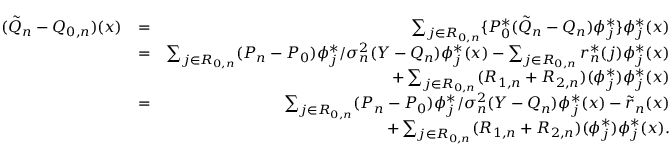
\begin{array} { r l r } { ( \tilde { Q } _ { n } - Q _ { 0 , n } ) ( x ) } & { = } & { \sum _ { j \in { \cal R } _ { 0 , n } } \{ P _ { 0 } ^ { * } ( \tilde { Q } _ { n } - Q _ { n } ) \phi _ { j } ^ { * } \} \phi _ { j } ^ { * } ( x ) } \\ & { = } & { \sum _ { j \in { \cal R } _ { 0 , n } } ( P _ { n } - P _ { 0 } ) \phi _ { j } ^ { * } / \sigma _ { n } ^ { 2 } ( Y - { Q _ { n } } ) \phi _ { j } ^ { * } ( x ) - \sum _ { j \in { \cal R } _ { 0 , n } } r _ { n } ^ { * } ( j ) \phi _ { j } ^ { * } ( x ) } \\ & { } & { + \sum _ { j \in { \cal R } _ { 0 , n } } ( R _ { 1 , n } + R _ { 2 , n } ) ( \phi _ { j } ^ { * } ) \phi _ { j } ^ { * } ( x ) } \\ & { = } & { \sum _ { j \in { \cal R } _ { 0 , n } } ( P _ { n } - P _ { 0 } ) \phi _ { j } ^ { * } / \sigma _ { n } ^ { 2 } ( Y - { Q _ { n } } ) \phi _ { j } ^ { * } ( x ) - \tilde { r } _ { n } ( x ) } \\ & { } & { + \sum _ { j \in { \cal R } _ { 0 , n } } ( R _ { 1 , n } + R _ { 2 , n } ) ( \phi _ { j } ^ { * } ) \phi _ { j } ^ { * } ( x ) . } \end{array}